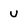
Character: U